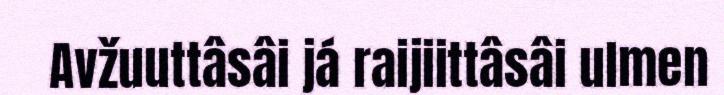
Avžuuttâsâi já raijiittâsâi ulmen